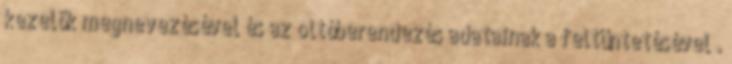
kezelõk megnevezésével és az oltóberendezés adatainak a feltüntetésével .